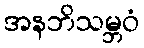
အနဘိသမ္ဘဝံ